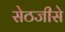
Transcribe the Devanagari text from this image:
सेठजीसे